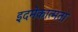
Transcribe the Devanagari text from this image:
इदमेकात्मता